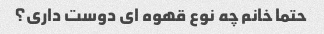
حتما خانم چه نوع قهوه ای دوست داری؟